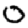
Digit: 0